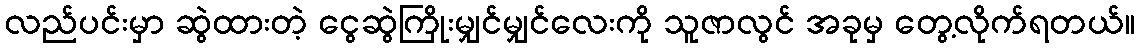
လည်ပင်းမှာ ဆွဲထားတဲ့ ငွေဆွဲကြိုးမျှင်မျှင်လေးကို သူဇာလွင် အခုမှ တွေ့လိုက်ရတယ်။